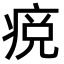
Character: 痥